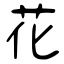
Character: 花